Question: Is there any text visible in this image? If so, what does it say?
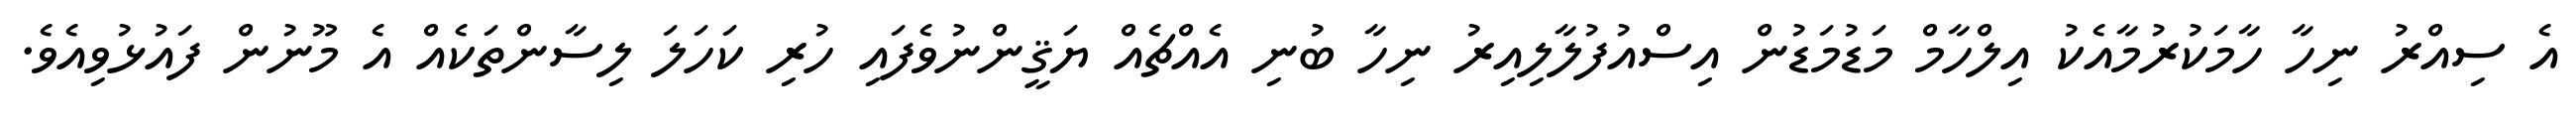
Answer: އެ ސިއްރު ނިހާ ހާމަކުރުމާއެކު އިލްހާމް މަޑުމަޑުން އިސްއުފުލާލިއިރު ނިހާ ބުނި އެއްޗެއް ޔަޤީންނުވެފައި ހުރި ކަހަލަ ލިސާންތަކެއް އެ މޫނުން ފައުޅުވިއެވެ.